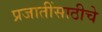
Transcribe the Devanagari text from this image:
प्रजातींसाठीचे